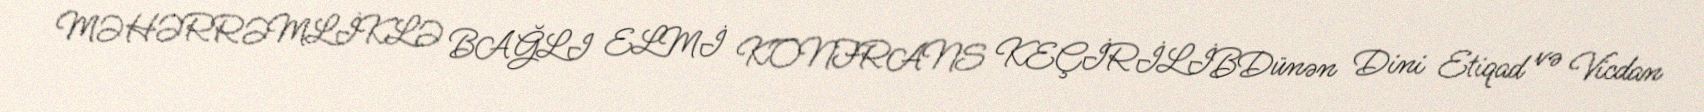
MƏHƏRRƏMLİKLƏ BAĞLI ELMİ KONFRANS KEÇİRİLİBDünən Dini Etiqad və Vicdan